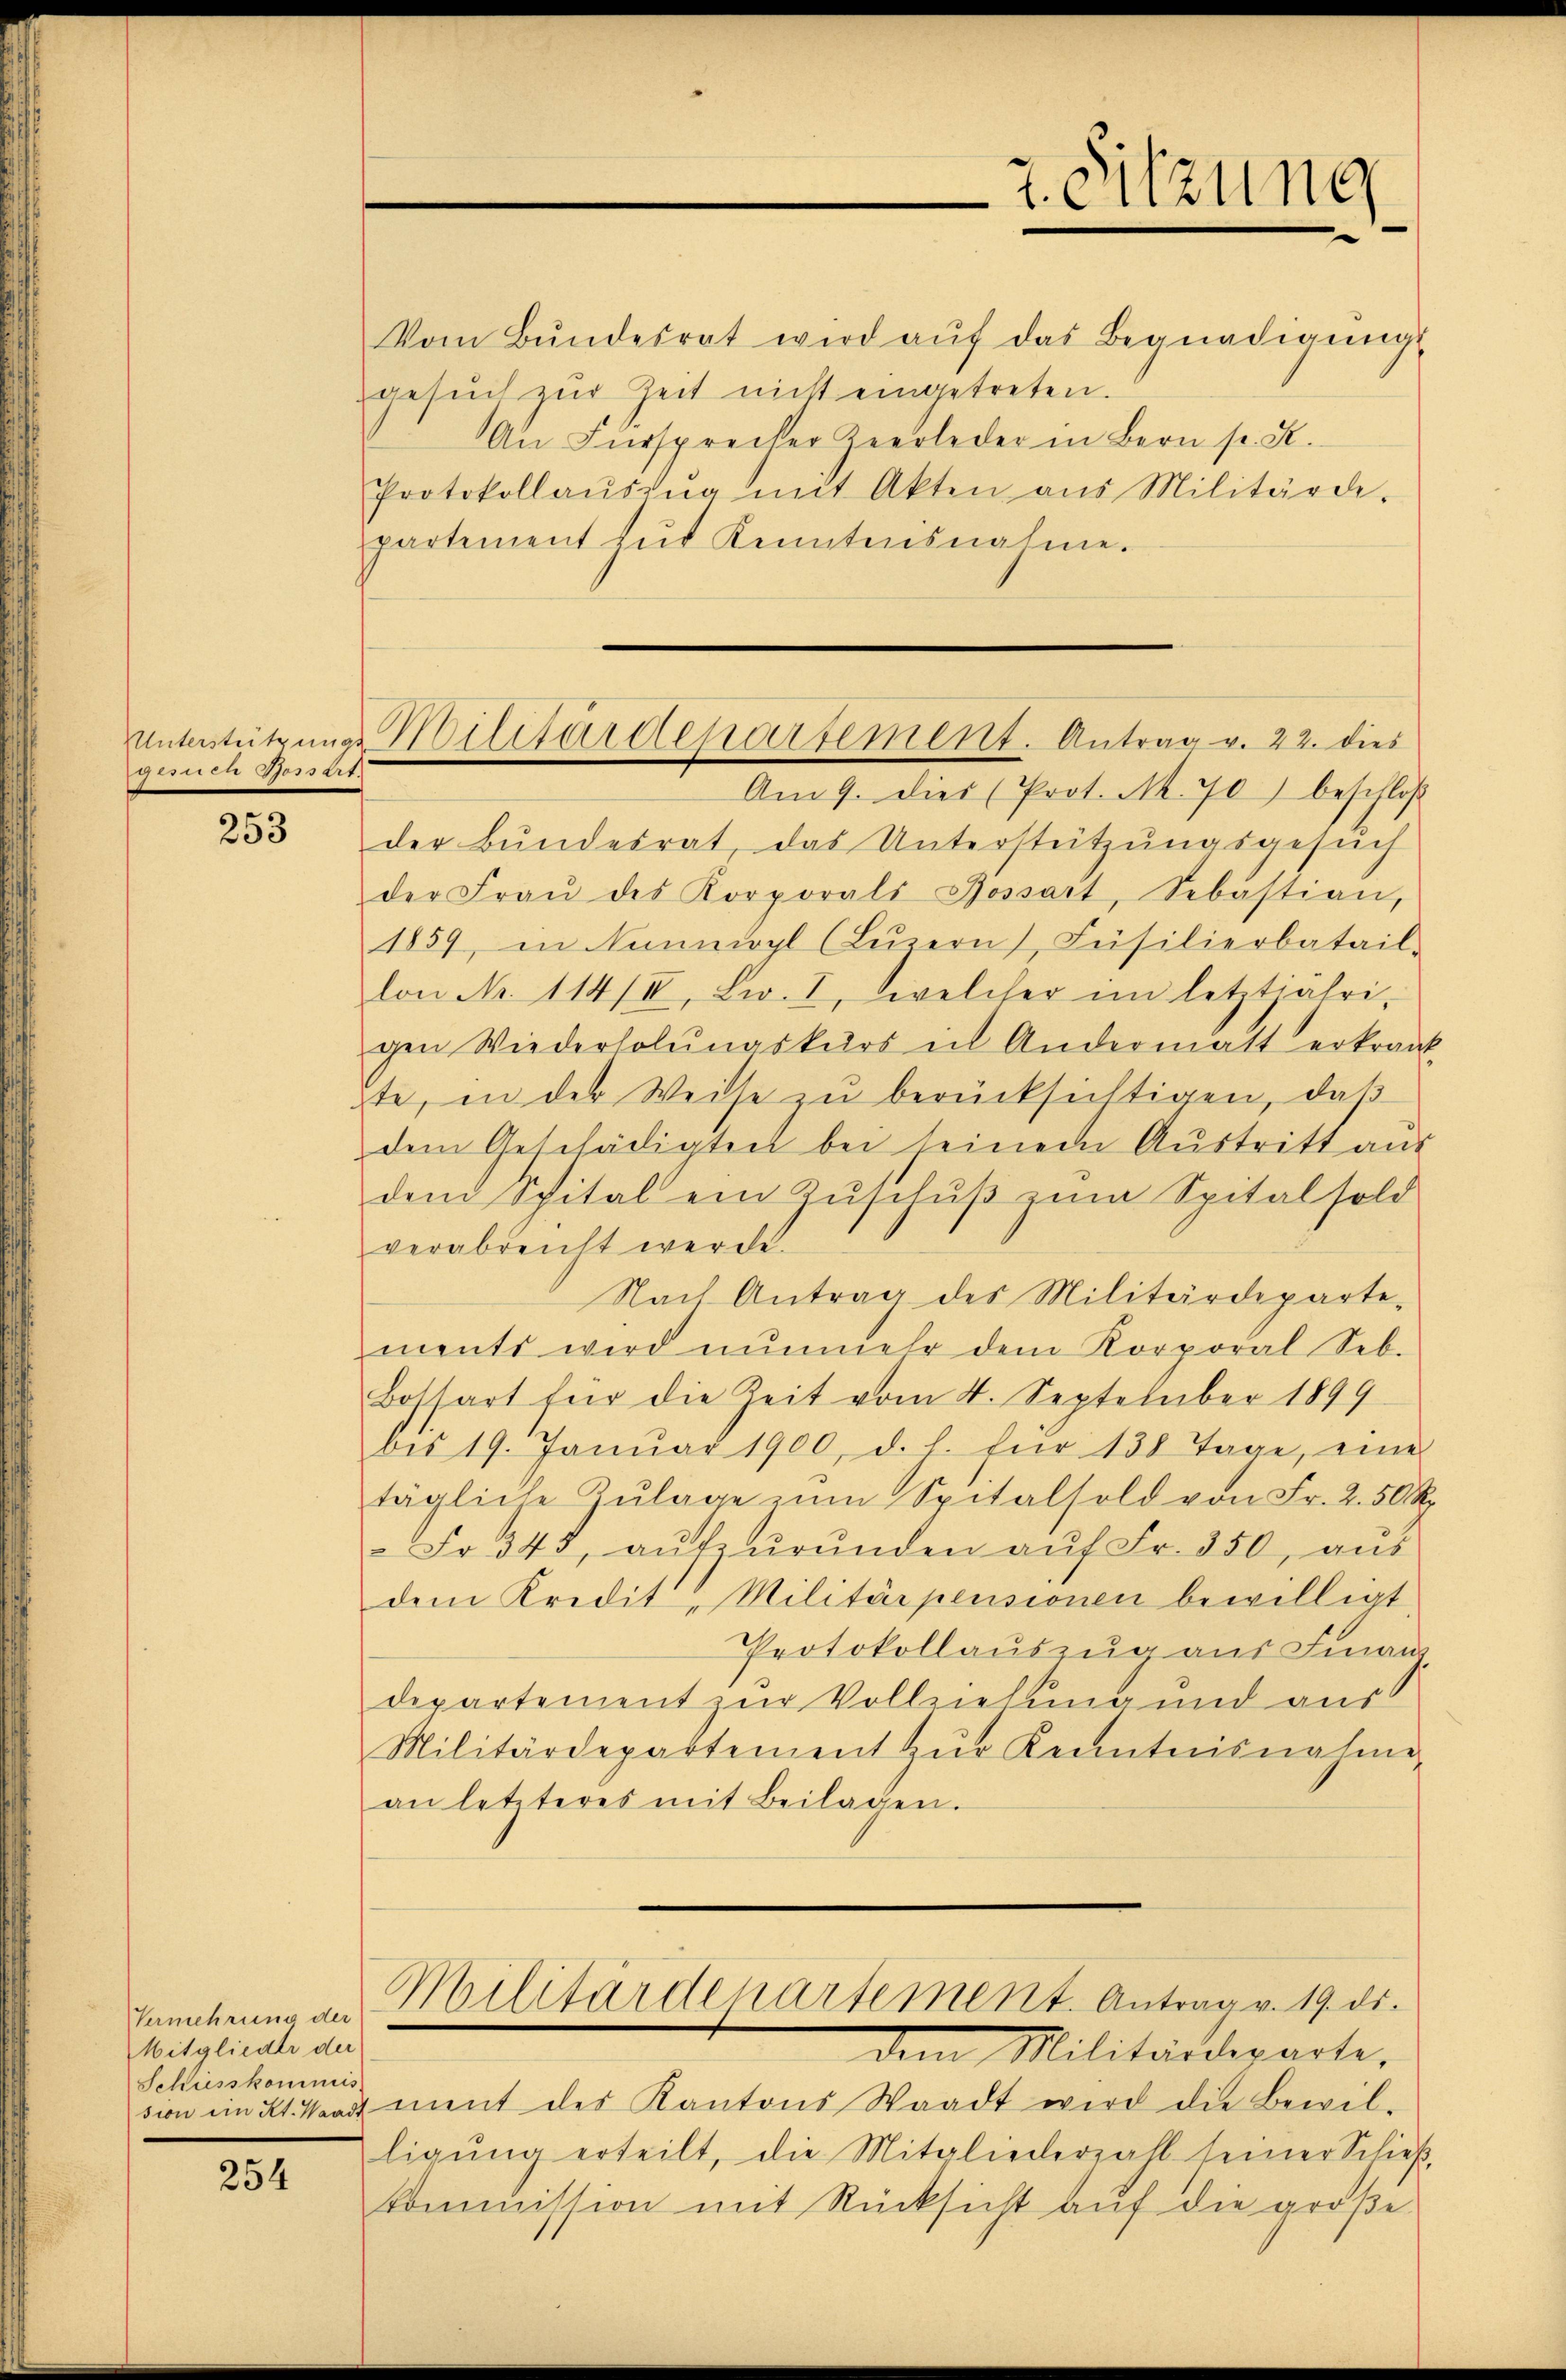
Unterstützungs
oden Bossart.

253

Vermehrung der
Mitglieder der
Schusskommis

254

Vom Bŭndesrat wird aŭf das Begnadigŭngs
gesŭch zŭr Zeit nicht eingetreten.
An Fürsprecher Zeerleder in Bern pr. R.
Protokollaŭszŭg mit Akten aus Militärde.
partement hŭt Kenntnisnahme.

.
t. Sitzung

Am 9. dies (Prot. M. 70) beschloß
der Bŭndesrat, das Unterstützŭngsgesŭch
der Fraŭ des Korporals Bossart, Sebastian,
1859 in Nanwyl (Lŭzern Füsilierbatail-
lon No. 114/II, Lw. I, welcher im letztjähri-
gen Wiederholŭngskurs in Andermatt erkrant-
te, in der Weise zŭ berücksichtigen, daß
dem Geschädigten bei seinem Austritt aus
dem Spital ein Zŭschŭβ zŭm Spitalsold
verabreicht werde.
Nach Antrag des Militärdeparte-
ments wird nŭnmehr dem Korporal Seb.
Bossart für die Zeit vom 4. September 1899
bis 19. Janŭar 1900, d. h. für 138 Tage, eine
tägliche Zŭlage zŭm Spitalsold von Fr. 2.50 R
 Fr. 343, aŭfzŭrŭnden aŭf Fr. 350, aŭs
dem Kredit, Militärpensionen bewilligt
Protokollauszug aus Finan
departement zur Vollziehung und aus
Militärdepartement zŭr Kenntnisnahme
an letzteres mit Beilagen.
Militärdepartement. Antrag v. 19. ds.
dem Militärdeparte,
sion im Kt. Waadt ment des Kantons Waadt wird die Bewil-
ligŭng erteilt, die Mitgliederzall seiner Schieβ
kommission mit Rücksicht auf die große

Boilitärdepartement. Antrag v. 22. dies